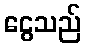
ငွေသည်